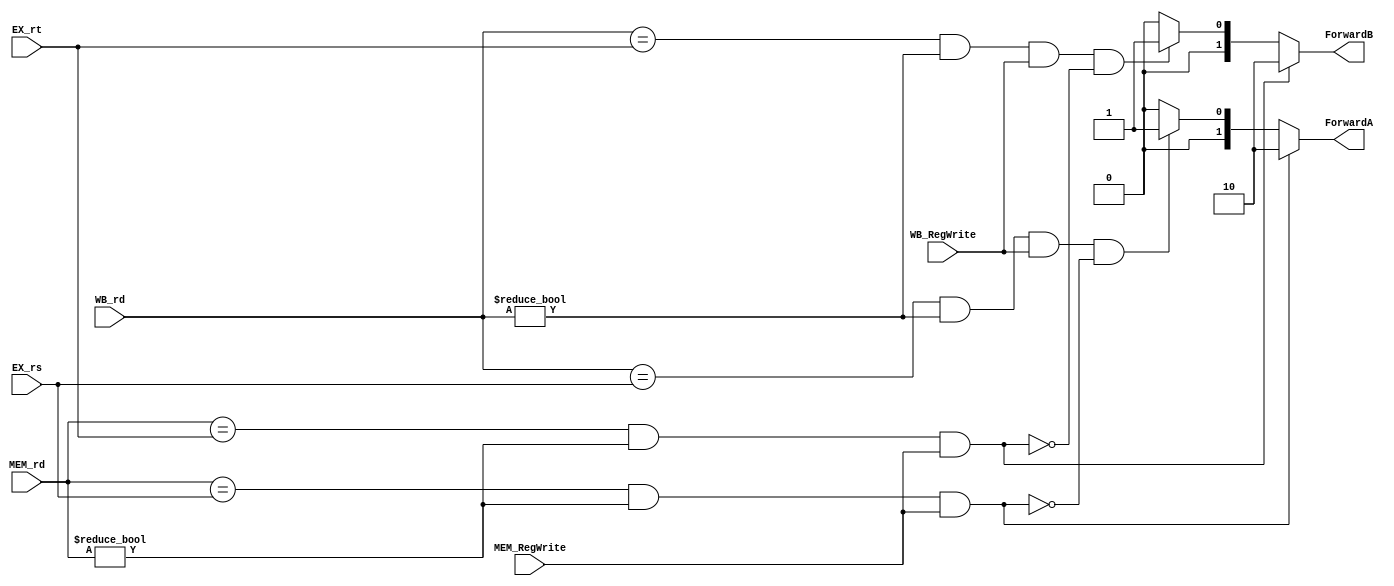
module Forwarding_unit (
output reg   [1:0]   ForwardA,ForwardB,
input  wire	 [2:0]   EX_rs, EX_rt,MEM_rd,WB_rd,
input  wire   		 MEM_RegWrite,WB_RegWrite 

);

always@(*)
begin  
 
// EX Hazard
if((MEM_rd==EX_rs)&&(MEM_rd!=0)&&(MEM_RegWrite))
	ForwardA=2'b10;
// MEM Hazard
else if((WB_rd==EX_rs)&&(WB_rd!=0)&&(WB_RegWrite)
&&!((MEM_rd==EX_rs)&&(MEM_rd!=0)&&(MEM_RegWrite)))// for double Data Hazard
	ForwardA=2'b01;
	else ForwardA=2'b00; ;
// EX Hazard
if((MEM_rd==EX_rt)&&(MEM_rd!=0)&&(MEM_RegWrite))
	ForwardB=2'b10;
//MEM Hazard
else if((WB_rd==EX_rt)&&(WB_rd!=0)&&(WB_RegWrite)&&!((MEM_rd==EX_rt)&&(MEM_rd!=0)&&(MEM_RegWrite)))
	ForwardB=2'b01;
	else  ForwardB=2'b00;;
end
endmodule